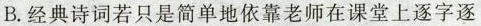
B. 经典诗词若只是简单地依靠老师在课堂上逐字逐